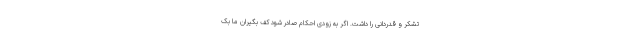
تشکر و قدردانی را داشت. اگر به زودی احکام صادر شود کف بگیران ما بک